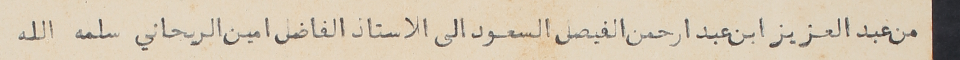
من عبد العزيز ابن عبد ارحمن الفيصل السعود الى الاستاذ امين الريحاني سلمه الله